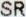
SR